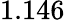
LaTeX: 1.146